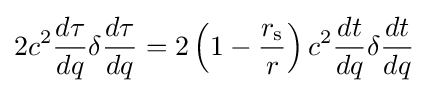
2c^{2}{\frac {d\tau }{dq}}\delta {\frac {d\tau }{dq}}=2\left(1-{\frac {r_{\text{s}}}{r}}\right)c^{2}{\frac {dt}{dq}}\delta {\frac {dt}{dq}}